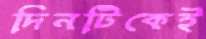
দিনটিকেই